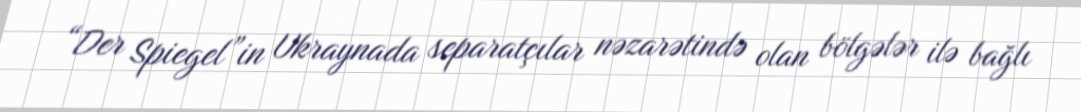
“Der Spiegel”in Ukraynada separatçılar nəzarətində olan bölgələr ilə bağlı